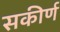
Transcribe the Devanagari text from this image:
सकीर्ण